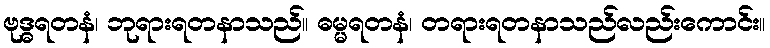
ဗုဒ္ဓရတနံ၊ ဘုရားရတနာသည်။ ဓမ္မရတနံ၊ တရားရတနာသည်လည်းကောင်း။